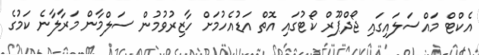
އެކްޓް މައްސަލައިގައި ޖޯދްޕޫރް ކޯޓުގައި އޮތް އަޑުއެހުމަށް ހާޒިރުވުމުން ސަލްމާން މަރާލާނެ ކަމުގެ